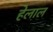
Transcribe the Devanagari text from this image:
हेलाल